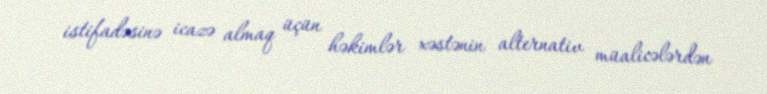
istifadəsinə icazə almaq üçün həkimlər xəstənin alternativ müalicələrdən